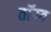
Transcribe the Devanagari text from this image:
तॉम्ब